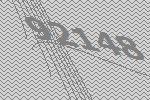
92148